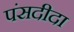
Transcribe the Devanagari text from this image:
पंसदीदा